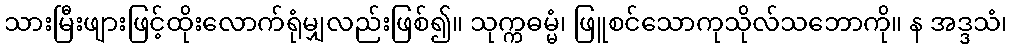
သားမြီးဖျားဖြင့်ထိုးလောက်ရုံမျှလည်းဖြစ်၍။ သုက္ကဓမ္မံ၊ ဖြူစင်သောကုသိုလ်သဘောကို။ န အဒ္ဒသံ၊